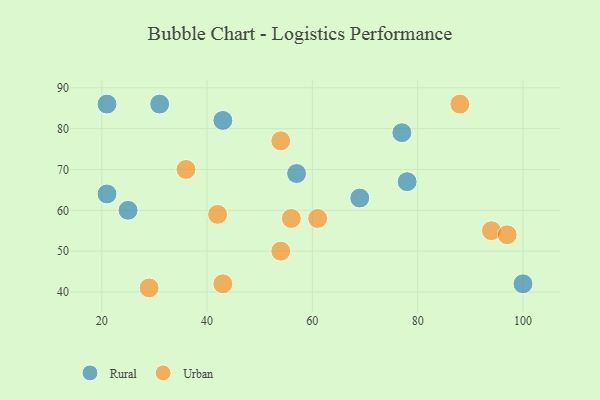
{"axis": {"x": "GDP", "y": "Life Expectancy"}, "legend": ["Rural", "Urban"], "data": [{"x": "69", "y": 63, "type": "Rural"}, {"x": "78", "y": 67, "type": "Rural"}, {"x": "57", "y": 69, "type": "Rural"}, {"x": "21", "y": 86, "type": "Rural"}, {"x": "21", "y": 64, "type": "Rural"}, {"x": "43", "y": 82, "type": "Rural"}, {"x": "77", "y": 79, "type": "Rural"}, {"x": "31", "y": 86, "type": "Rural"}, {"x": "25", "y": 60, "type": "Rural"}, {"x": "100", "y": 42, "type": "Rural"}, {"x": "54", "y": 50, "type": "Urban"}, {"x": "42", "y": 59, "type": "Urban"}, {"x": "36", "y": 70, "type": "Urban"}, {"x": "56", "y": 58, "type": "Urban"}, {"x": "88", "y": 86, "type": "Urban"}, {"x": "94", "y": 55, "type": "Urban"}, {"x": "43", "y": 42, "type": "Urban"}, {"x": "61", "y": 58, "type": "Urban"}, {"x": "97", "y": 54, "type": "Urban"}, {"x": "54", "y": 77, "type": "Urban"}, {"x": "29", "y": 41, "type": "Urban"}]}